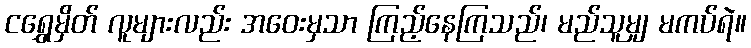
ငရွှေမှိတ် လူများလည်း အဝေးမှသာ ကြည့်နေကြသည်၊ မည်သူမျှ မကပ်ရဲ။